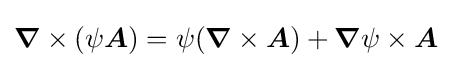
{\boldsymbol {\nabla }}\times (\psi {\boldsymbol {A}})=\psi ({\boldsymbol {\nabla }}\times {\boldsymbol {A}})+{\boldsymbol {\nabla }}\psi \times {\boldsymbol {A}}